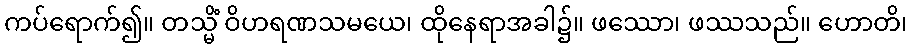
ကပ်ရောက်၍။ တသ္မိံ ဝိဟရဏသမယေ၊ ထိုနေရာအခါ၌။ ဖဿော၊ ဖဿသည်။ ဟောတိ၊